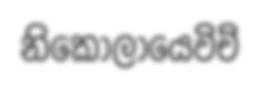
නිකොලායෙවිච්